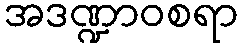
အဒဏ္ဍာဝစရာ